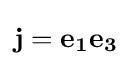
\mathbf {j} =\mathbf {e_{1}} \mathbf {e_{3}}